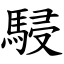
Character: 駸